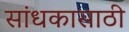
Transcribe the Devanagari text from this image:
सांधकासाठी